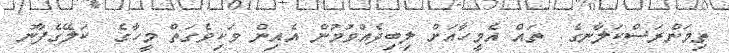
ތިމަންރަސްކަލާނގެ  ތައް އެމީހާއަށް ލިބިދެއްވުމުން އެއިން ވަކިވެގަތް މީހާގެ  ކަލޭގެފާނު